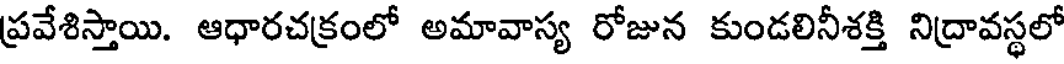
ప్రవేశిస్తాయి. ఆధారచక్రంలో అమావాస్య రోజున కుండలినీశక్తి నిద్రావస్థలో